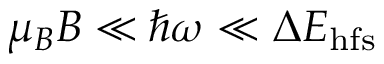
\mu _ { B } B \ll \hbar \omega \ll \Delta E _ { \mathrm { h f s } }